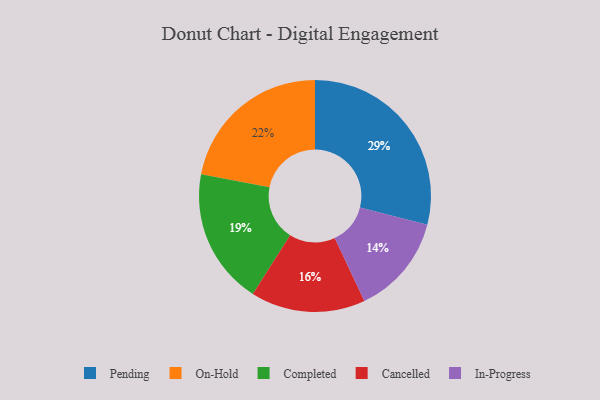
{"axis": {"x": "Category", "y": "Percentage"}, "legend": ["Cancelled", "Completed", "In-Progress", "On-Hold", "Pending"], "data": [{"x": "On-Hold", "y": 22, "type": "On-Hold"}, {"x": "In-Progress", "y": 14, "type": "In-Progress"}, {"x": "Completed", "y": 19, "type": "Completed"}, {"x": "Pending", "y": 29, "type": "Pending"}, {"x": "Cancelled", "y": 16, "type": "Cancelled"}]}